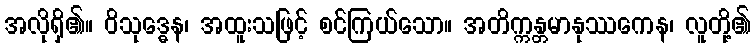
အလိုရှိ၏။ ဝိသုဒ္ဓေန၊ အထူးသဖြင့် စင်ကြယ်သော။ အတိက္ကန္တမာနုဿကေန၊ လူတို့၏